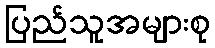
ပြည်သူအများစု